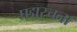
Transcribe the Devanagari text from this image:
पद्मरचना